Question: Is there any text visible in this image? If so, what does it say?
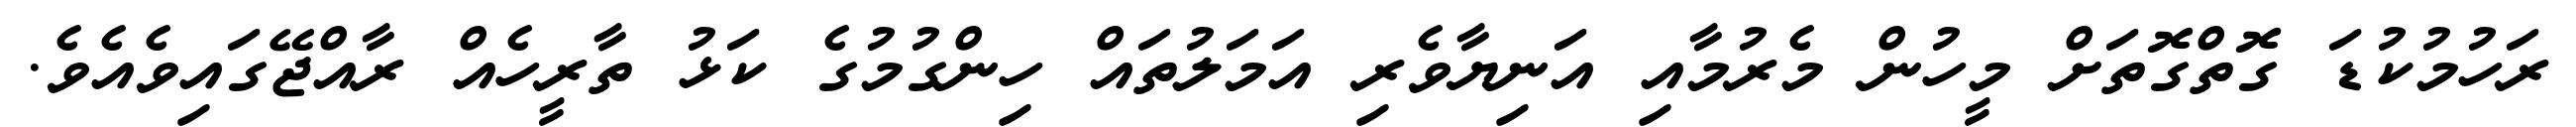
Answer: ރަހުމުކުޑަ ގޮތްގޮތަށް މީހުން މެރުމާއި އަނިޔާވެރި އަމަލުތައް ހިންގުމުގެ ކަޅު ތާރީހެއް ރާއްޖޭގައިވެއެވެ.